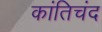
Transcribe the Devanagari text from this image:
कांतिचंद